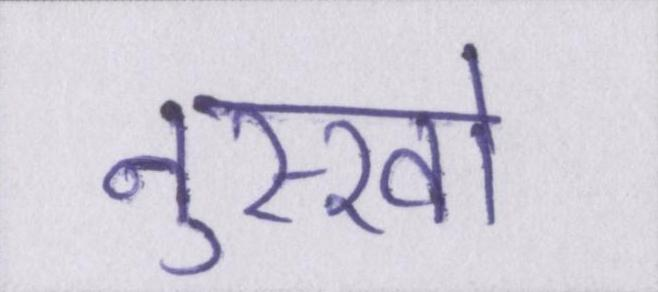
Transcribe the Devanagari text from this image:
नुस्खों